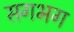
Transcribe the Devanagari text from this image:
सगभग